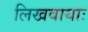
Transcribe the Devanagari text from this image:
लिखवायाः